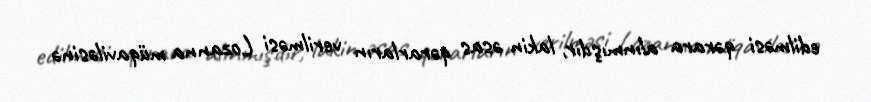
edilməsi qərara alınmışdır, lakin əsas qərarların verilməsi Lozanna müqaviləsinə